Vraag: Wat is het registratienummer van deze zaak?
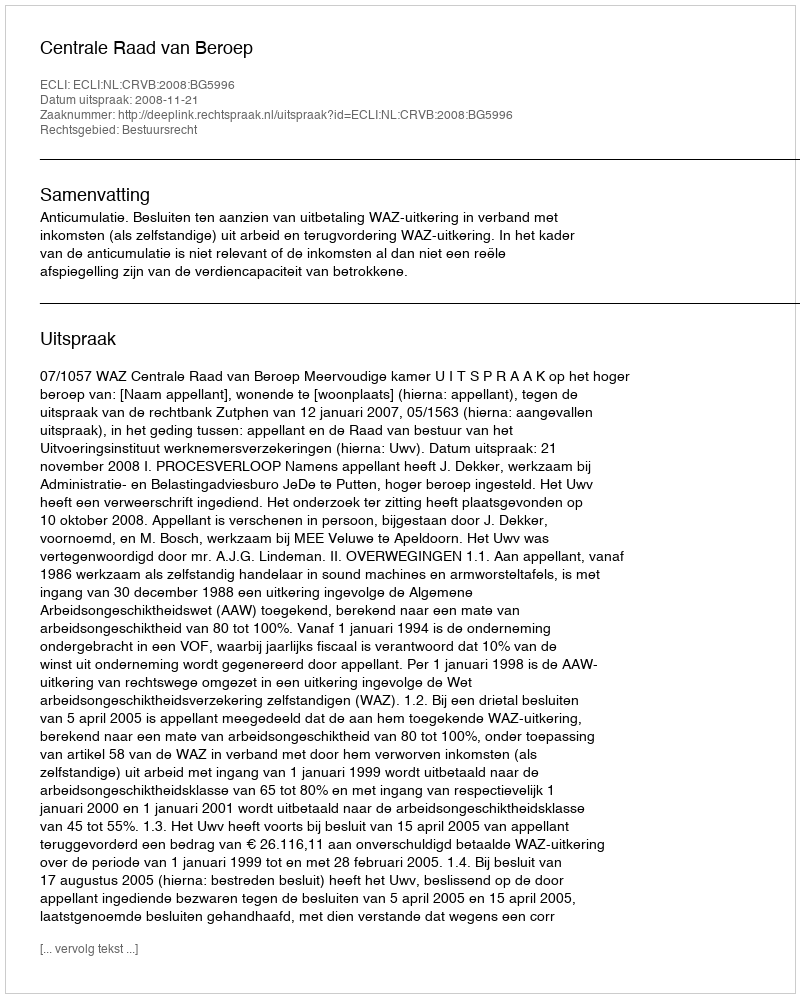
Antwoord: http://deeplink.rechtspraak.nl/uitspraak?id=ECLI:NL:CRVB:2008:BG5996